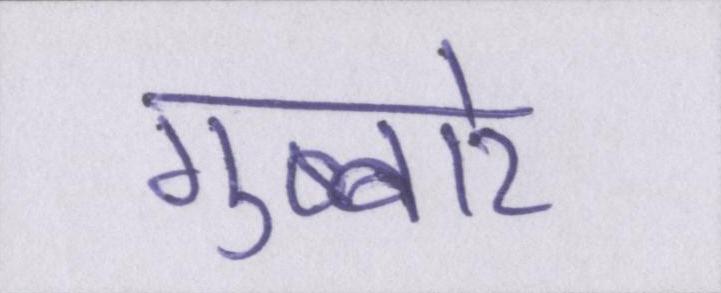
गुब्बारे